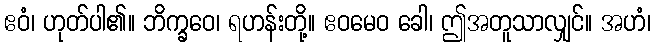
ဧဝံ၊ ဟုတ်ပါ၏။ ဘိက္ခဝေ၊ ရဟန်းတို့။ ဧဝမေဝ ခေါ၊ ဤအတူသာလျှင်။ အဟံ၊